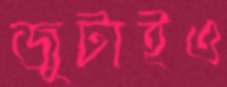
জুটাইও